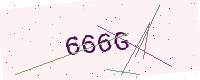
Text: 666G